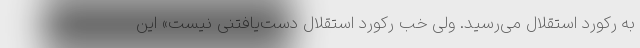
به رکورد استقلال می‌رسید. ولی خب رکورد استقلال دست‌یافتنی نیست» این